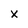
Character: X